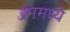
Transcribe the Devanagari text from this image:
ॲममध्ये